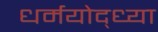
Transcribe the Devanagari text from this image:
धर्मयोद्ध्या